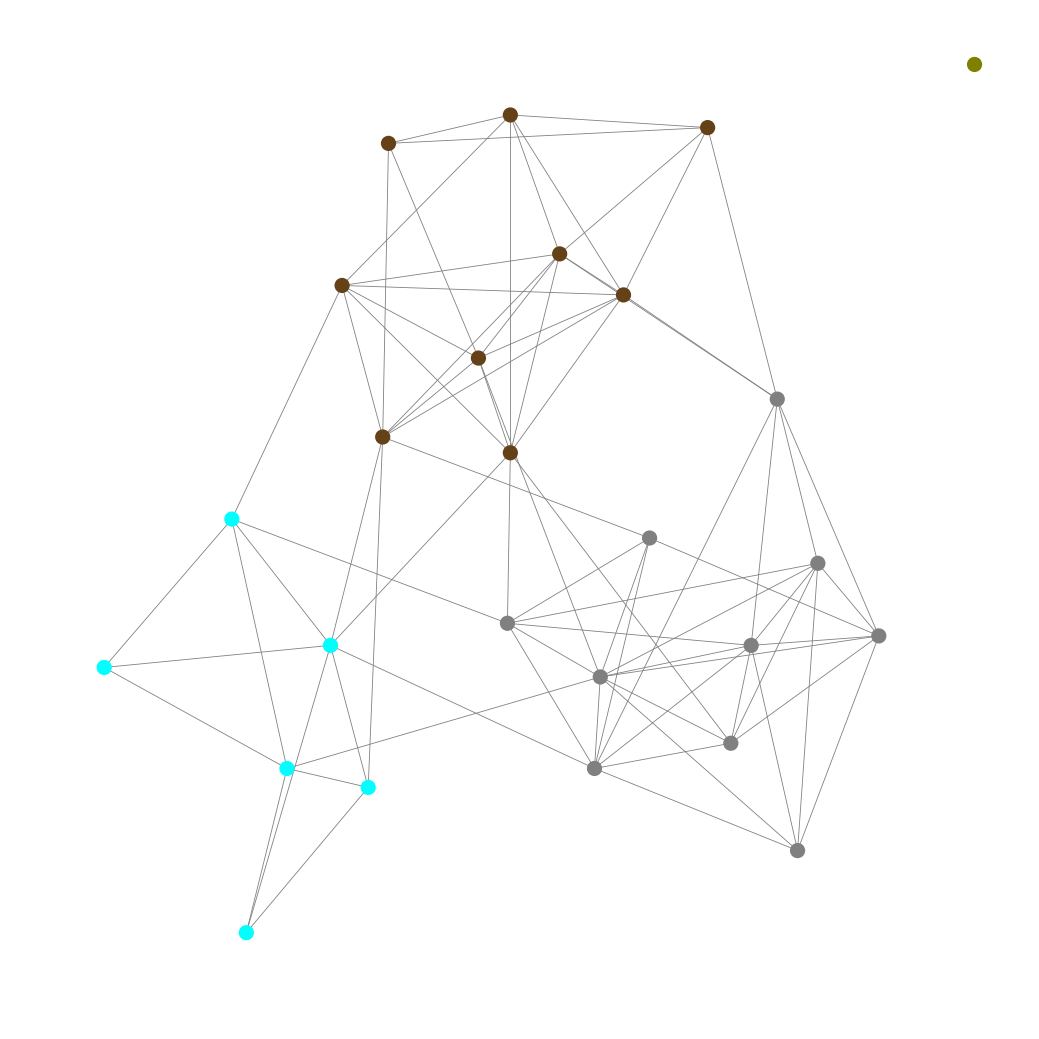
Graph connected: No
Number of connected components: 2
Number of singletons: 1
Total number of nodes: 26
Total number of edges: 79
Number of communities: 4
Community sizes:
Aqua: 6
Gray: 10
Olive: 1
Pullman Brown: 9
Graph layout: tda
Graph generation method: erdos_renyi